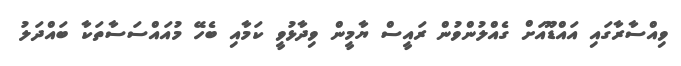
ވިއްސާރާގައި އައްޑޫއަށް ގެއްލުންވުން ރައީސް ޔާމީން ވިދާޅުވީ ކަމާއި ބެހޭ މުއައްސަސާތަކާ ބައްދަލު